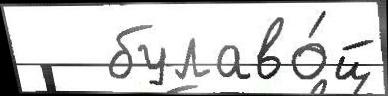
   булаво́й